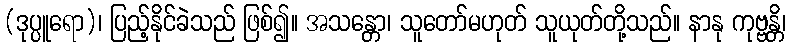
(ဒုပ္ပူရော)၊ ပြည့်နိုင်ခဲသည် ဖြစ်၍။ အသန္တော၊ သူတော်မဟုတ် သူယုတ်တို့သည်။ နာနု ကုဗ္ဗန္တိ၊